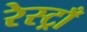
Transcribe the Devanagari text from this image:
रेस्ट्राँ